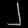
Digit: ၂